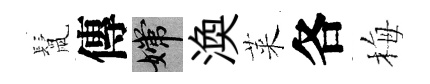
鬛傳嫦渙萊各梅